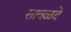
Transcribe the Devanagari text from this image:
सावळदे